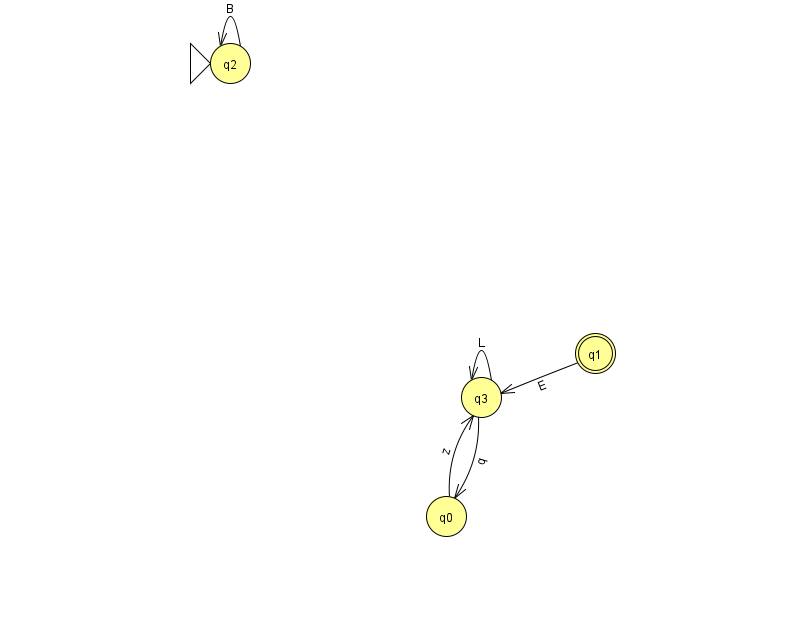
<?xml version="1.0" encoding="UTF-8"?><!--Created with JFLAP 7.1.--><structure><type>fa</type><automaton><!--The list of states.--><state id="0" name="q0"><x>446.0</x><y>503.0</y></state><state id="1" name="q1"><x>595.0</x><y>340.0</y><final/></state><state id="2" name="q2"><x>230.0</x><y>50.0</y><initial/></state><state id="3" name="q3"><x>481.0</x><y>384.0</y></state><!--The list of transitions.--><transition><from>2</from><to>2</to><read>B</read></transition><transition><from>3</from><to>0</to><read>q</read></transition><transition><from>3</from><to>3</to><read>L</read></transition><transition><from>0</from><to>3</to><read>z</read></transition><transition><from>1</from><to>3</to><read>E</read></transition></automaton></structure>